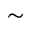
\scriptstyle \sim